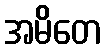
အမိတေ